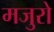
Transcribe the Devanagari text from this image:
मजुरो